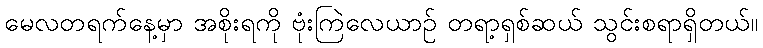
မေလတရက်နေ့မှာ အစိုးရကို ဗုံးကြဲလေယာဉ် တရာ့ရှစ်ဆယ် သွင်းစရာရှိတယ်။